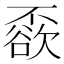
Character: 𠁓